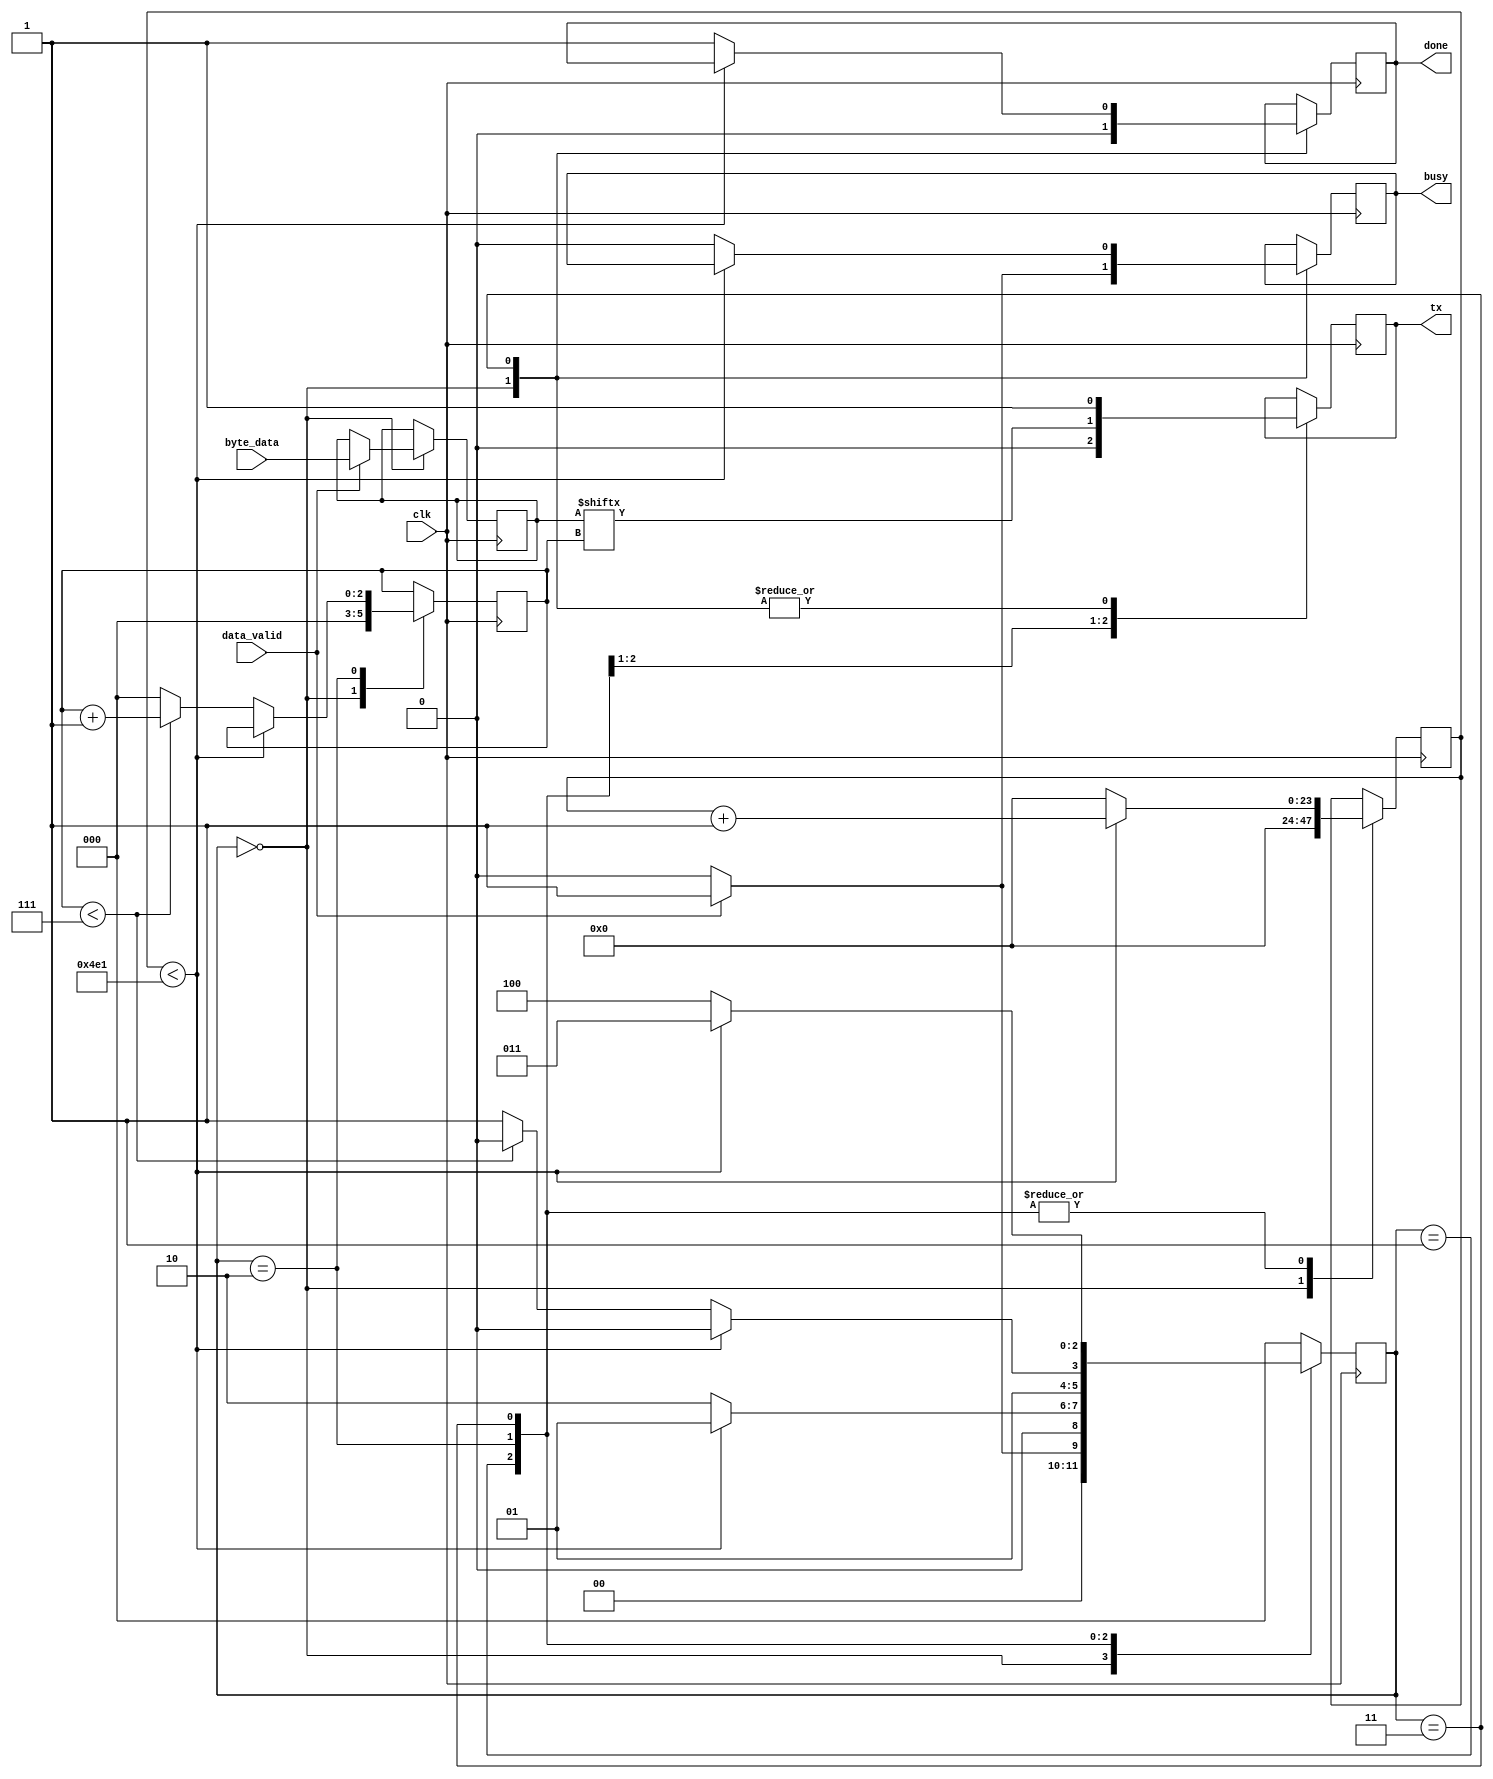
`timescale 1ns / 1ns

module uart_tx
    #(
		parameter CLKS_PER_BIT = 12000000 / 9600
	)
    (
		input wire clk,
		input wire data_valid,
		input wire[7:0] byte_data,
		output reg busy,
		output reg tx,
		output reg done
    );

    localparam s_IDLE         = 3'b000;
    localparam s_TX_START_BIT = 3'b001;
    localparam s_TX_DATA_BITS = 3'b010;
    localparam s_TX_STOP_BIT  = 3'b011;
    localparam s_CLEANUP      = 3'b100;

    reg[2:0] state = s_IDLE;
    reg[23:0] clock_cnt = 0;
    reg[2:0] bit_index = 0;
    reg[7:0] tx_data = 0;

    always @(posedge clk) begin
		case (state)
			s_IDLE: begin
				tx <= 1'b1;
				done <= 1'b0;
				clock_cnt <= 0;
				bit_index <= 0;
				busy <= 1'b0;

				if (data_valid == 1'b1) begin
					busy <= 1'b1;
					tx_data <= byte_data;
					state <= s_TX_START_BIT;
				end else
					state <= s_IDLE;
			end

			s_TX_START_BIT: begin
				tx <= 1'b0;

				if (clock_cnt < CLKS_PER_BIT - 1) begin
					clock_cnt <= clock_cnt + 1;
					state <= s_TX_START_BIT;
				end else begin
					clock_cnt <= 0;
					state <= s_TX_DATA_BITS;
				end
			end

			s_TX_DATA_BITS: begin
				tx <= tx_data[bit_index];

				if (clock_cnt < CLKS_PER_BIT - 1) begin
					clock_cnt <= clock_cnt + 1;
					state <= s_TX_DATA_BITS;
				end else begin
					clock_cnt <= 0;

					if (bit_index < 7) begin
						bit_index <= bit_index + 1;
						state <= s_TX_DATA_BITS;
					end else begin
						bit_index <= 0;
						state <= s_TX_STOP_BIT;
					end
				end
			end

			s_TX_STOP_BIT: begin
				tx <= 1'b1;

				if (clock_cnt < CLKS_PER_BIT - 1) begin
					clock_cnt <= clock_cnt + 1;
					state <= s_TX_STOP_BIT;
				end else begin
					done <= 1'b1;
					clock_cnt <= 0;
					state <= s_CLEANUP;
					busy <= 1'b0;
				end
			end

			s_CLEANUP: begin
				state <= s_IDLE;
			end

			default:
				state <= s_IDLE;
		endcase
	end
endmodule